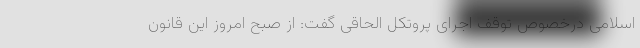
اسلامی درخصوص توقف اجرای پروتکل الحاقی گفت: از صبح امروز این قانون